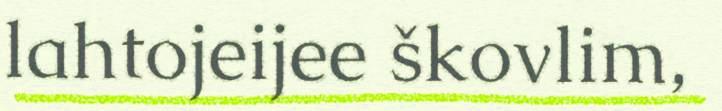
lahtojeijee škovlim,